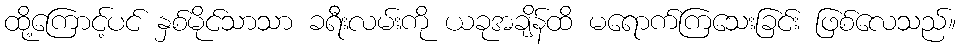
ထို့ကြောင့်ပင် နှစ်မိုင်သာသာ ခရီးလမ်းကို ယခုအချိန်ထိ မရောက်ကြသေးခြင်း ဖြစ်လေသည်။